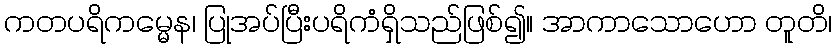
ကတပရိကမ္မေန၊ ပြုအပ်ပြီးပရိကံရှိသည်ဖြစ်၍။ အာကာသောဟော တူတိ၊